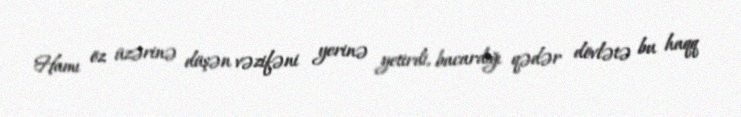
Hamı öz üzərinə düşən vəzifəni yerinə yetirdi, bacardığı qədər dövlətə bu haqq